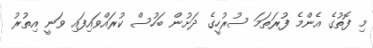
މި ފޮތުގެ އެންމެ ފުރަތަމަ ސުރުހީގެ ދަށުން ބަހުސް ކުރައްވައިފައި ވަނީ އިތުރު